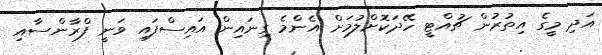
އަދި މީގެ އިތުރުން ޗުއްޓީ ހޭދަކޮށްލުމަށް އެންމެ ގިނައިން އައިސްފައި ވަނީ ފްރާންސާއި